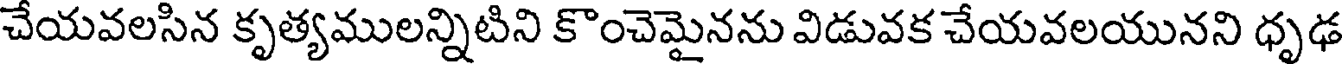
చేయవలసిన కృత్యములన్నిటిని కొంచెమైనను విడువక చేయవలయునని ధృఢ